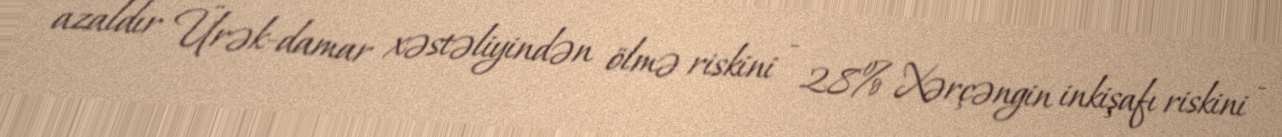
azaldır Ürək-damar xəstəliyindən ölmə riskini - 28% Xərçəngin inkişafı riskini -